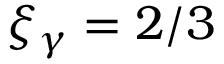
\xi _ { \gamma } = 2 / 3